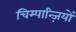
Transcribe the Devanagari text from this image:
चिम्पान्ज़ियों